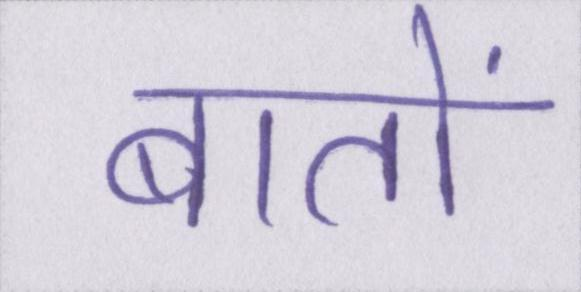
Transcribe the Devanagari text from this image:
बातों